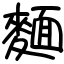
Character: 麵